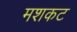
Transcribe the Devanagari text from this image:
मशकट